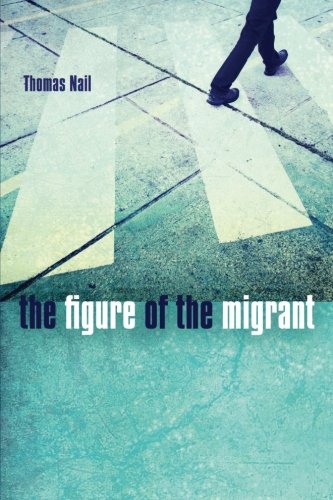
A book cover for The Figure of the Migrant; Thomas Nail; Politics & Social Sciences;